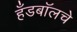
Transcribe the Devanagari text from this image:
हँडबॉलचे